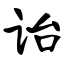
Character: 诒